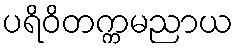
ပရိဝိတက္ကမညာယ